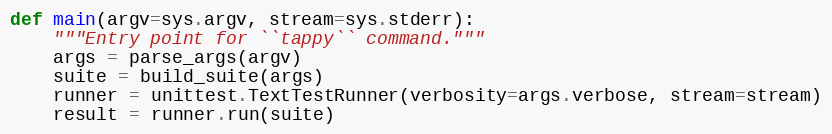
Language: Python
def main(argv=sys.argv, stream=sys.stderr):
    """Entry point for ``tappy`` command."""
    args = parse_args(argv)
    suite = build_suite(args)
    runner = unittest.TextTestRunner(verbosity=args.verbose, stream=stream)
    result = runner.run(suite)